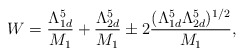
\begin{align*}W=\frac{\Lambda _{1d}^{5}}{M_{1}}+\frac{\Lambda _{2d}^{5}}{M_{1}}\pm2\frac{(\Lambda _{1d}^{5}\Lambda _{2d}^{5})^{1/2}}{M_{1}},\end{align*}